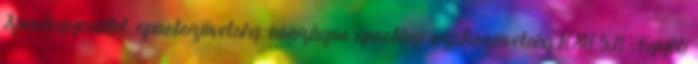
Sportegyesület, sportszövetség, országos sportági szakszövetség KSH 521 ; Egyéb